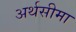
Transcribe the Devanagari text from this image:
अर्थसीमा